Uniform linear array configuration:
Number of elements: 48
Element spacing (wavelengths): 1
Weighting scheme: uniform
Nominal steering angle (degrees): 45
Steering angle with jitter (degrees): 46.932
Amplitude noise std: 0.05
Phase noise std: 0.05

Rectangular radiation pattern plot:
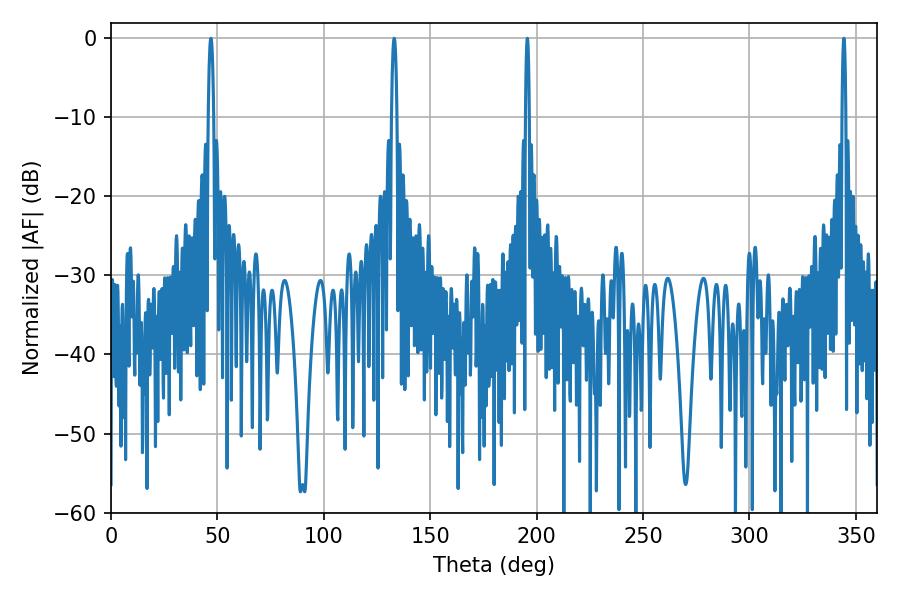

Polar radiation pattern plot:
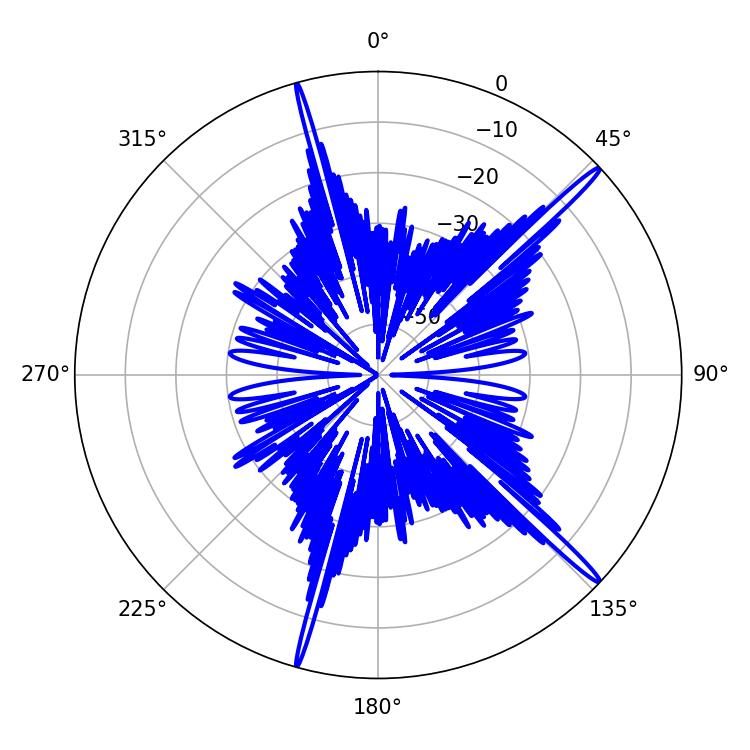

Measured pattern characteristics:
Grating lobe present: TRUE
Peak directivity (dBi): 17.892
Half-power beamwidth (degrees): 0.9
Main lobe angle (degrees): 195.66